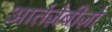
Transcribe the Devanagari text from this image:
आर्तज़ेबीज़ो